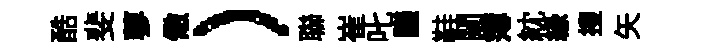
酷斐蓼儆）聯崔叱議鞋闚簿紞縁搜矢